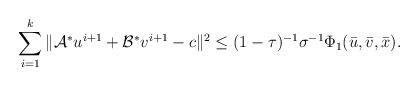
LaTeX: \begin{align*}\begin{array}{ll}\displaystyle\sum_{i=1}^k \|\mathcal{A}^*u^{i+1} + \mathcal{B}^*v^{i+1} - c\|^2 \leq (1-\tau)^{-1}\sigma^{-1}\Phi_1(\bar{u}, \bar{v}, \bar{x}).\end{array}\end{align*}